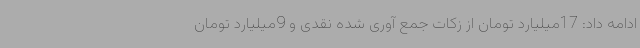
ادامه داد: 17میلیارد تومان از زکات جمع آوری شده نقدی و 9میلیارد تومان